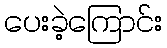
ပေးခဲ့ကြောင်း